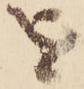
を